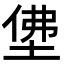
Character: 𡌅